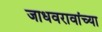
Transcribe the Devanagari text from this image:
जाधवरावांच्या